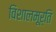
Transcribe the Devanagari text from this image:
विशालमूर्ति